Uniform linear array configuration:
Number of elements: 16
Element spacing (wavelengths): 0.25
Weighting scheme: exponential
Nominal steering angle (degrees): -15
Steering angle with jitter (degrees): -13.79
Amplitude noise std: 0.05
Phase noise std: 0.05

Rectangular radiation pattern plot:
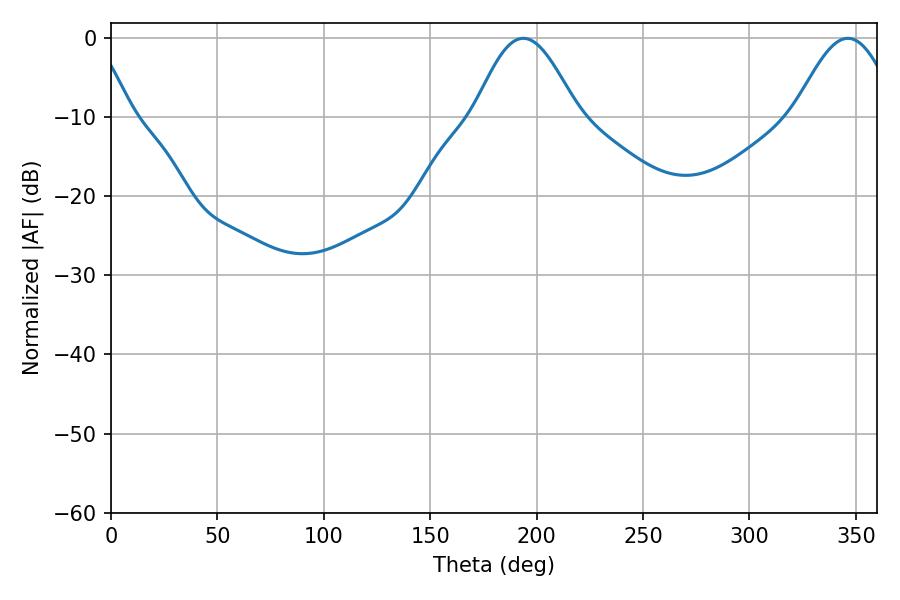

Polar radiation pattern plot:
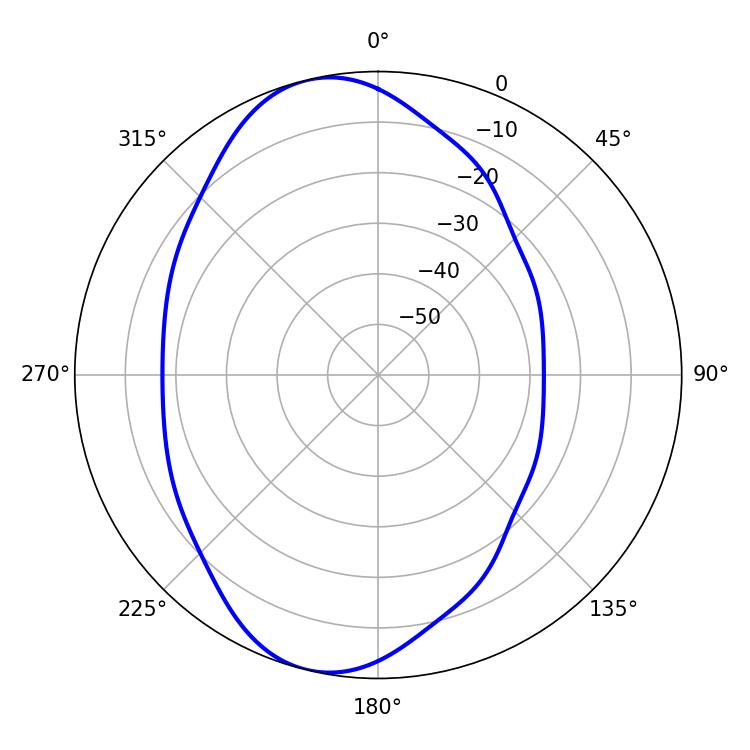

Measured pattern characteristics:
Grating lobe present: FALSE
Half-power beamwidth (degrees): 25.92
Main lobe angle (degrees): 193.68